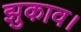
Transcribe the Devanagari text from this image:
झुकाव।